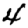
Digit: 4